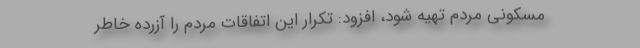
مسکونی مردم تهیه شود، افزود: تکرار این اتفاقات مردم را آزرده خاطر